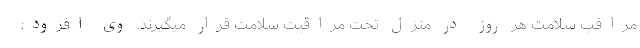
مراقب سلامت هر روز در منزل تحت مراقبت سلامت قرار میگیرند. وی افزود: